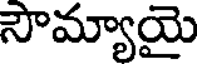
సౌమ్యాయై